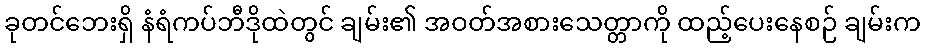
ခုတင်ဘေးရှိ နံရံကပ်ဘီဒိုထဲတွင် ချမ်း၏ အဝတ်အစားသေတ္တာကို ထည့်ပေးနေစဉ် ချမ်းက